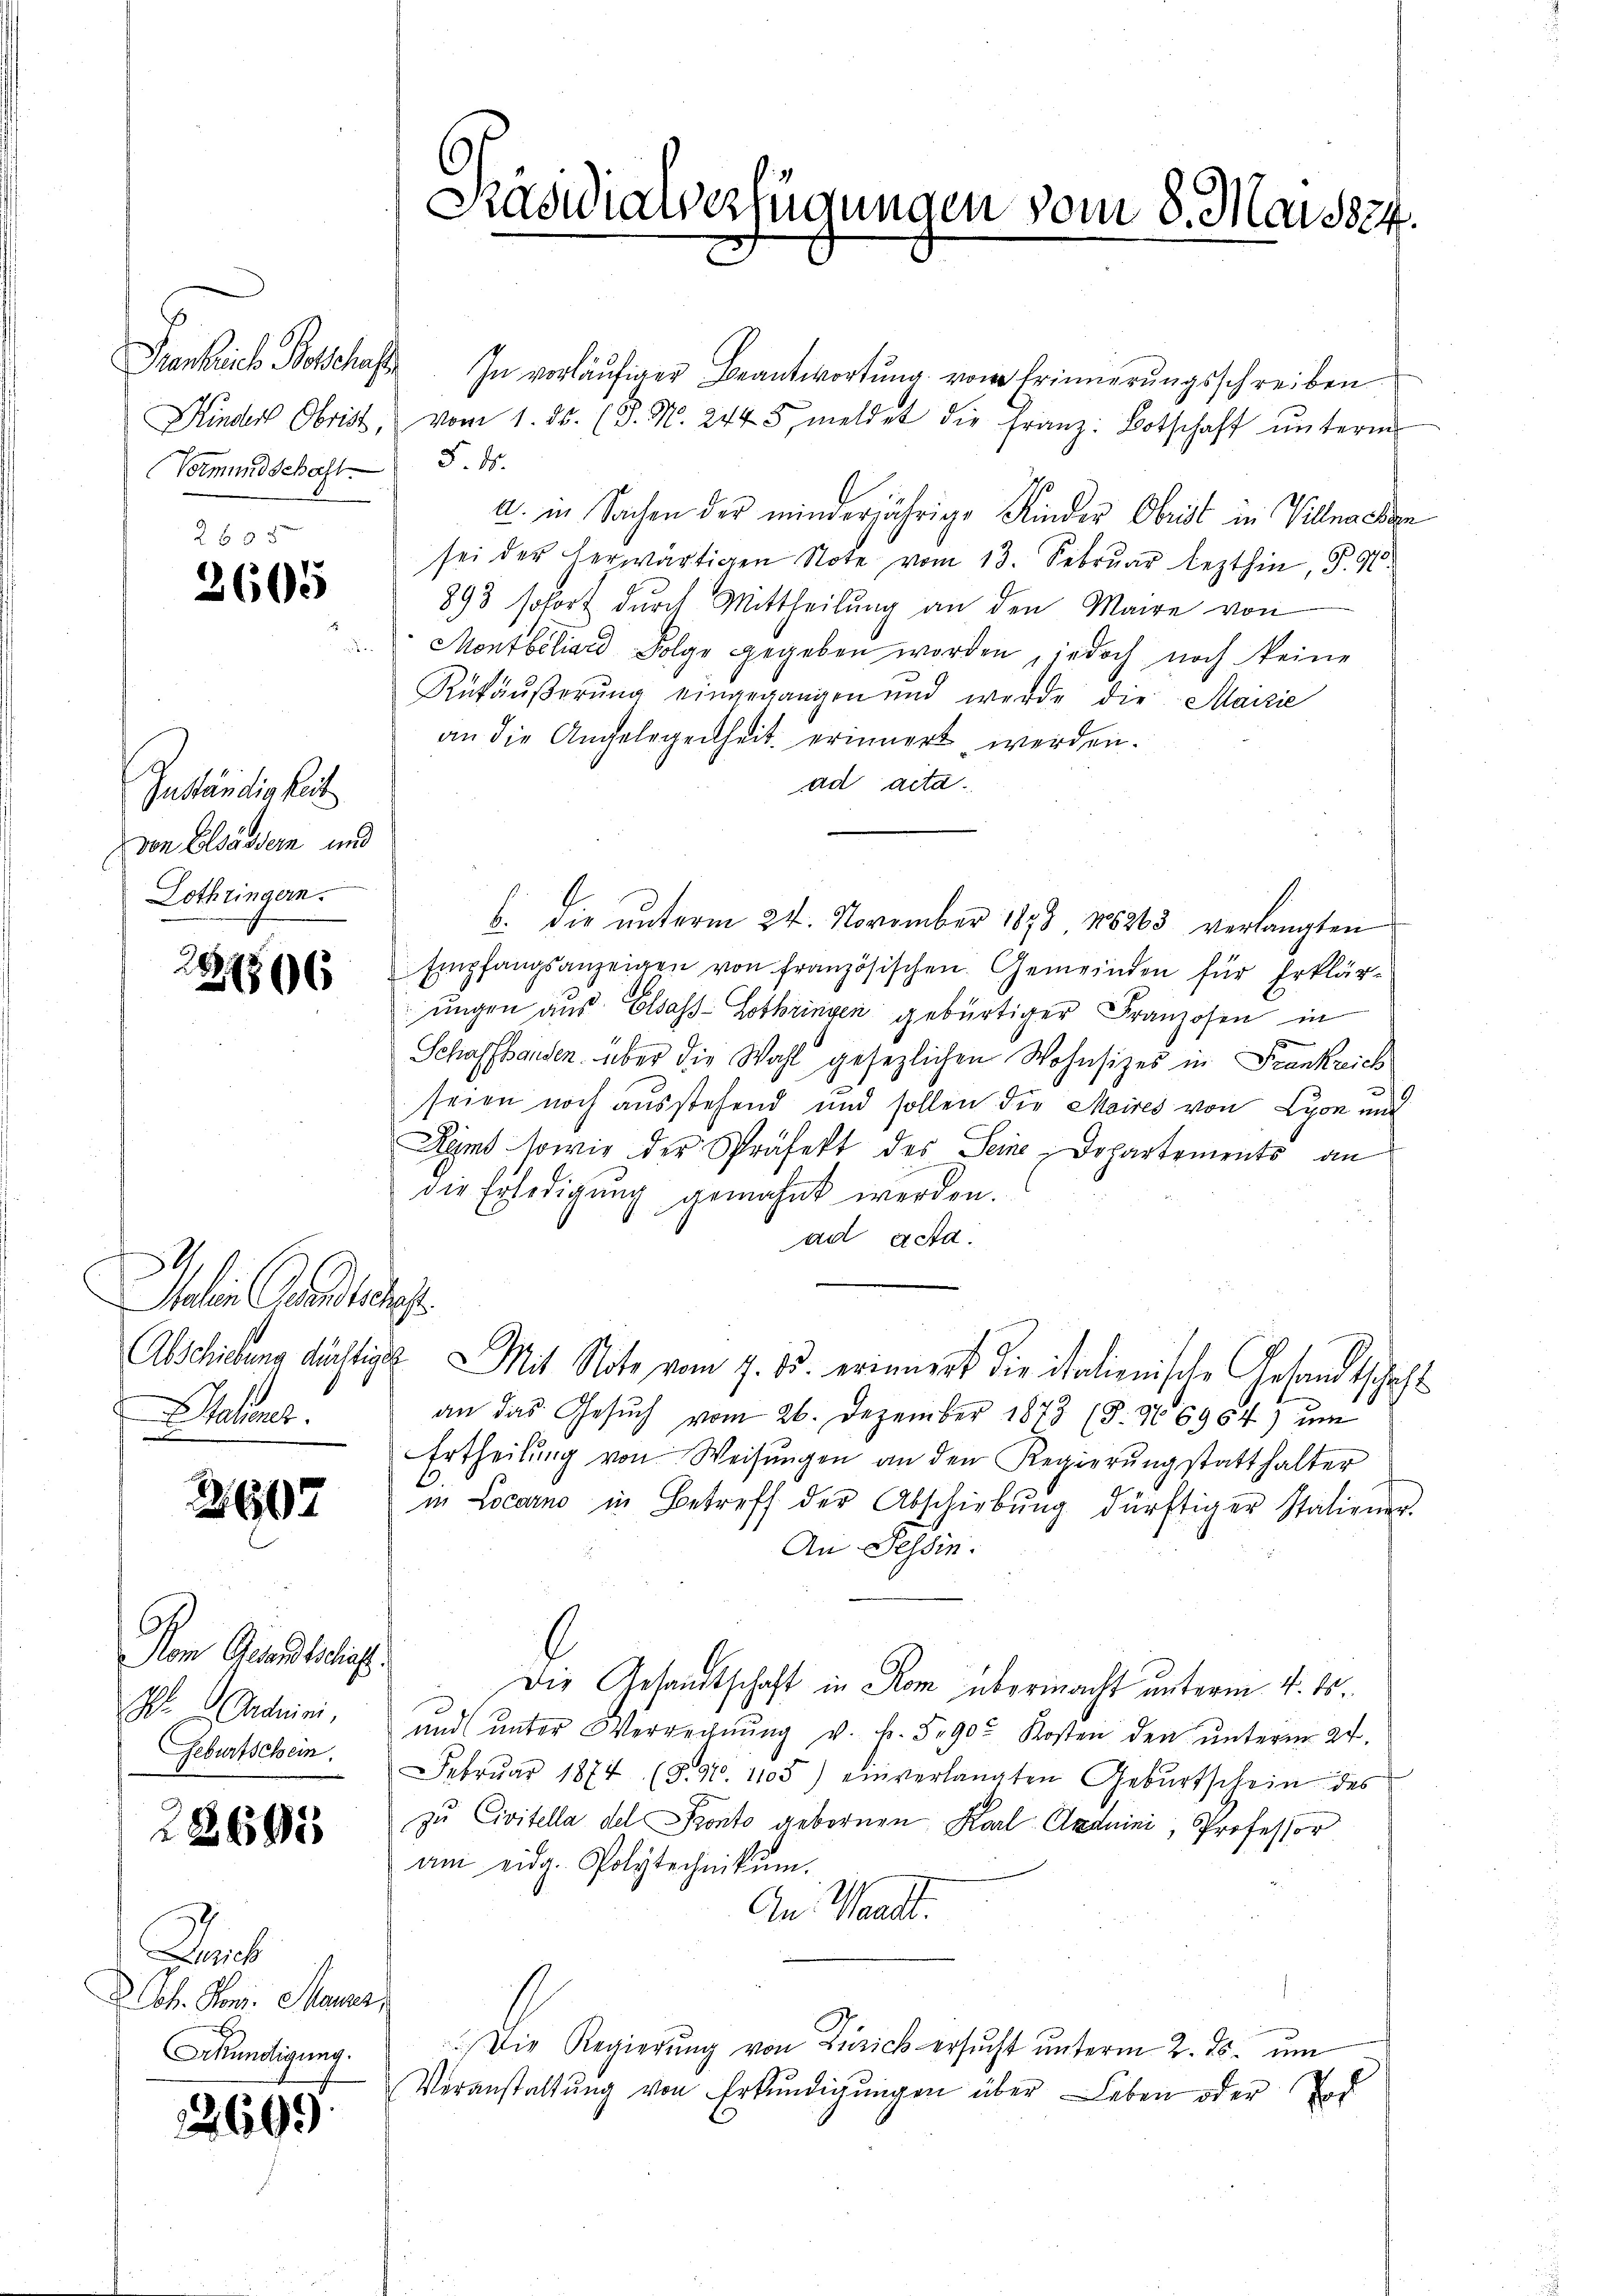
nb. Pete
Vormundschaft 5. ds.

2605
2605

.

Zuständigkeit
den Elsässern und
Lothringern.

21866

2
Malen Grundlichst
Stehener.

2607

Vom Gesandtschlags
Ph. Andrini,
Geburtschein.

22691

Da
Ch. Son. Maurer,
x
Akündigung.

12665.

Praswiaverfügungen vom 8. Mai 1824.

In vorläufiger Beantwortung von Erinnerungsschreiben
Kinder Obrist, vom 1. ds. (T. M. 2445, meldet die Franz: Botschaft ŭnterm
a. in Sachen der minderjährige Kinder Obrist in Villmachen
sei der herwärtigen Note vom 13. Februar lezthin, P. M.
893 sofort durch Mittheilŭng an den Maire von
 Montbiliard Folge gegeben worden, jedoch noch keine
Rükäŭβerŭng eingegangen und werde die Maizie
an die Angelegenheit erinnert werden.
ad acta.
b. die unterm 24. November 1898 188263 verlangten
Empfangsanzeigen von französischen Gemeinden für Erklärungen aus Elsass-Lothringen gebürtiger Franzosen in
.
Schaffhausen über die Wahl gesezlichen Wohnsitzes in Frankreich
seien noch ausstehend und sollen die Maires von Lyon mit
Dans sowie der Präfekt des Seine Departements an
die Erledigung gemahnt werden.
ad asta
Abschicklung dächtige Mit Note vom 7. ds. erinnert die italienische Gesandtschaft
an das Gesŭch vom 26. Dezember 1873 (S. 166964) um
Ertheilŭng von Weisŭngen an den Regierŭng statthalter
.
in Locarno in Betreff der Abschiebŭng dürftiger Statiener.
An Tessin.
Die Gesandtschaft in Rom übermacht unterm 4. ds.
und unter Verrechnŭng v. f. 590. Kosten den unterm 24.
Febrŭar 1874 (S. 91. 1103) einverlangten Gebŭrtschein des
zu Civitella del Ponto gebornen Karl Andrini, Professor
am eidg. Polytechnikum.
An Waadt.
Die Regierŭng von Zürich ersucht unterm 2. ds. um
Veranstaltŭng von Erkŭndigŭngen über Leben oder Tod